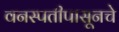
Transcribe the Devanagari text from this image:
वनस्पतीपासूनचे